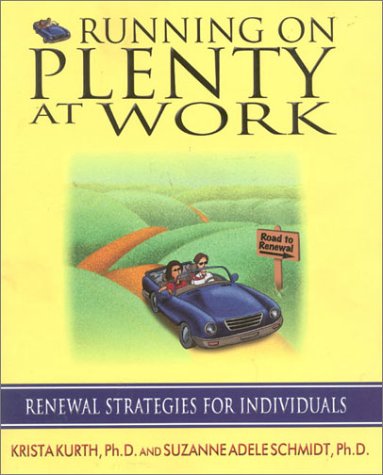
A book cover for Running on Plenty at Work: Renewal Strategies for Individuals; Krista Kurth; Business & Money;